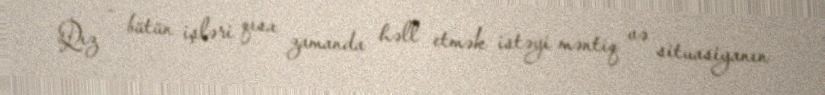
Qız - bütün işləri qısa zamanda həll etmək istəyi məntiq və situasiyanın